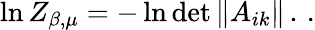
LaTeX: \ln Z_{\beta,\mu}=-\ln\operatorname*{det}\left\| A_{ik}\right\| \, .\, .